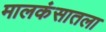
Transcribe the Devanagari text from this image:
मालकंसातला